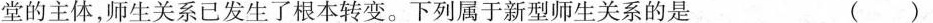
堂的主体，师生关系已发生了根本转变。下列属于新型师生关系的是 ()